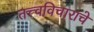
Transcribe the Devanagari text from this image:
तत्त्वविचाराचे